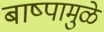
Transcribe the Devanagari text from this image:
बाष्पामुळे